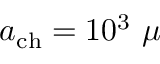
a _ { \mathrm { c h } } = 1 0 ^ { 3 } ~ \mu